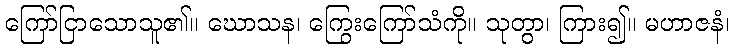
ကြော်ငြာသောသူ၏။ ဃောသန၊ ကြွေးကြော်သံကို။ သုတွာ၊ ကြား၍။ မဟာဇနံ၊